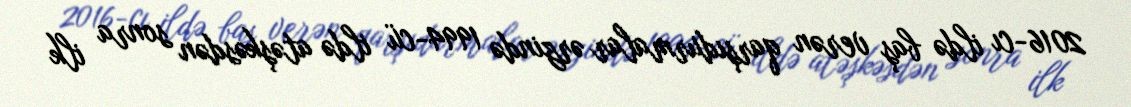
2016-cı ildə baş verən qarşıdurmalar ərzində 1994-cü ildə atəşkəsdən sonra ilk